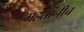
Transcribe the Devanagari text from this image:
महंतांनीच